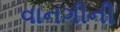
વાનગીની